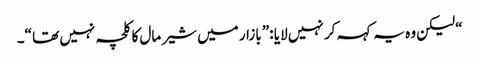
“ لیکن وہ یہ کہہ کر نہیں لایا :” بازار میں شیر مال کا کلچہ نہیں تھا “۔